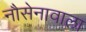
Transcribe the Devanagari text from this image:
नौसेनावाला